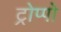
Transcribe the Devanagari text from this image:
ट्रोप्पो